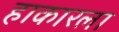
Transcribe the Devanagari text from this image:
हाकारला